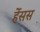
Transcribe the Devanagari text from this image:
र्हेसस